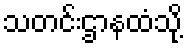
သတင်းဌာနထံသို့